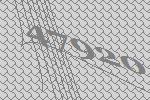
47920